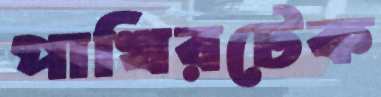
পাখিরটেক